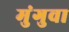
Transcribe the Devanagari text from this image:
मुंगुवा